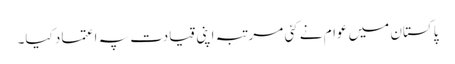
پاکستان میں عوام نے کئی مرتبہ اپنی قیادت پہ اعتماد کیا۔